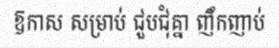
ឱកាស សម្រាប់ ជួបជុំគ្នា ញឹកញាប់